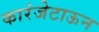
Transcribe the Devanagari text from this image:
कारंजेटाऊन